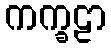
ကက္ခဠာ